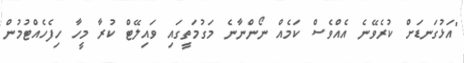
"އަޅުގަނޑަށް ކުރެވޭނެ އެއްވެސް ކަމެއް ނޯންނާނެ މަގުމަތީގައި ވައިލޭޓް ކުރާ މީހާ ހިފެހެއްޓުމުން